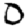
Digit: 0